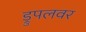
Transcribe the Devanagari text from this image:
ड्रुपलवर